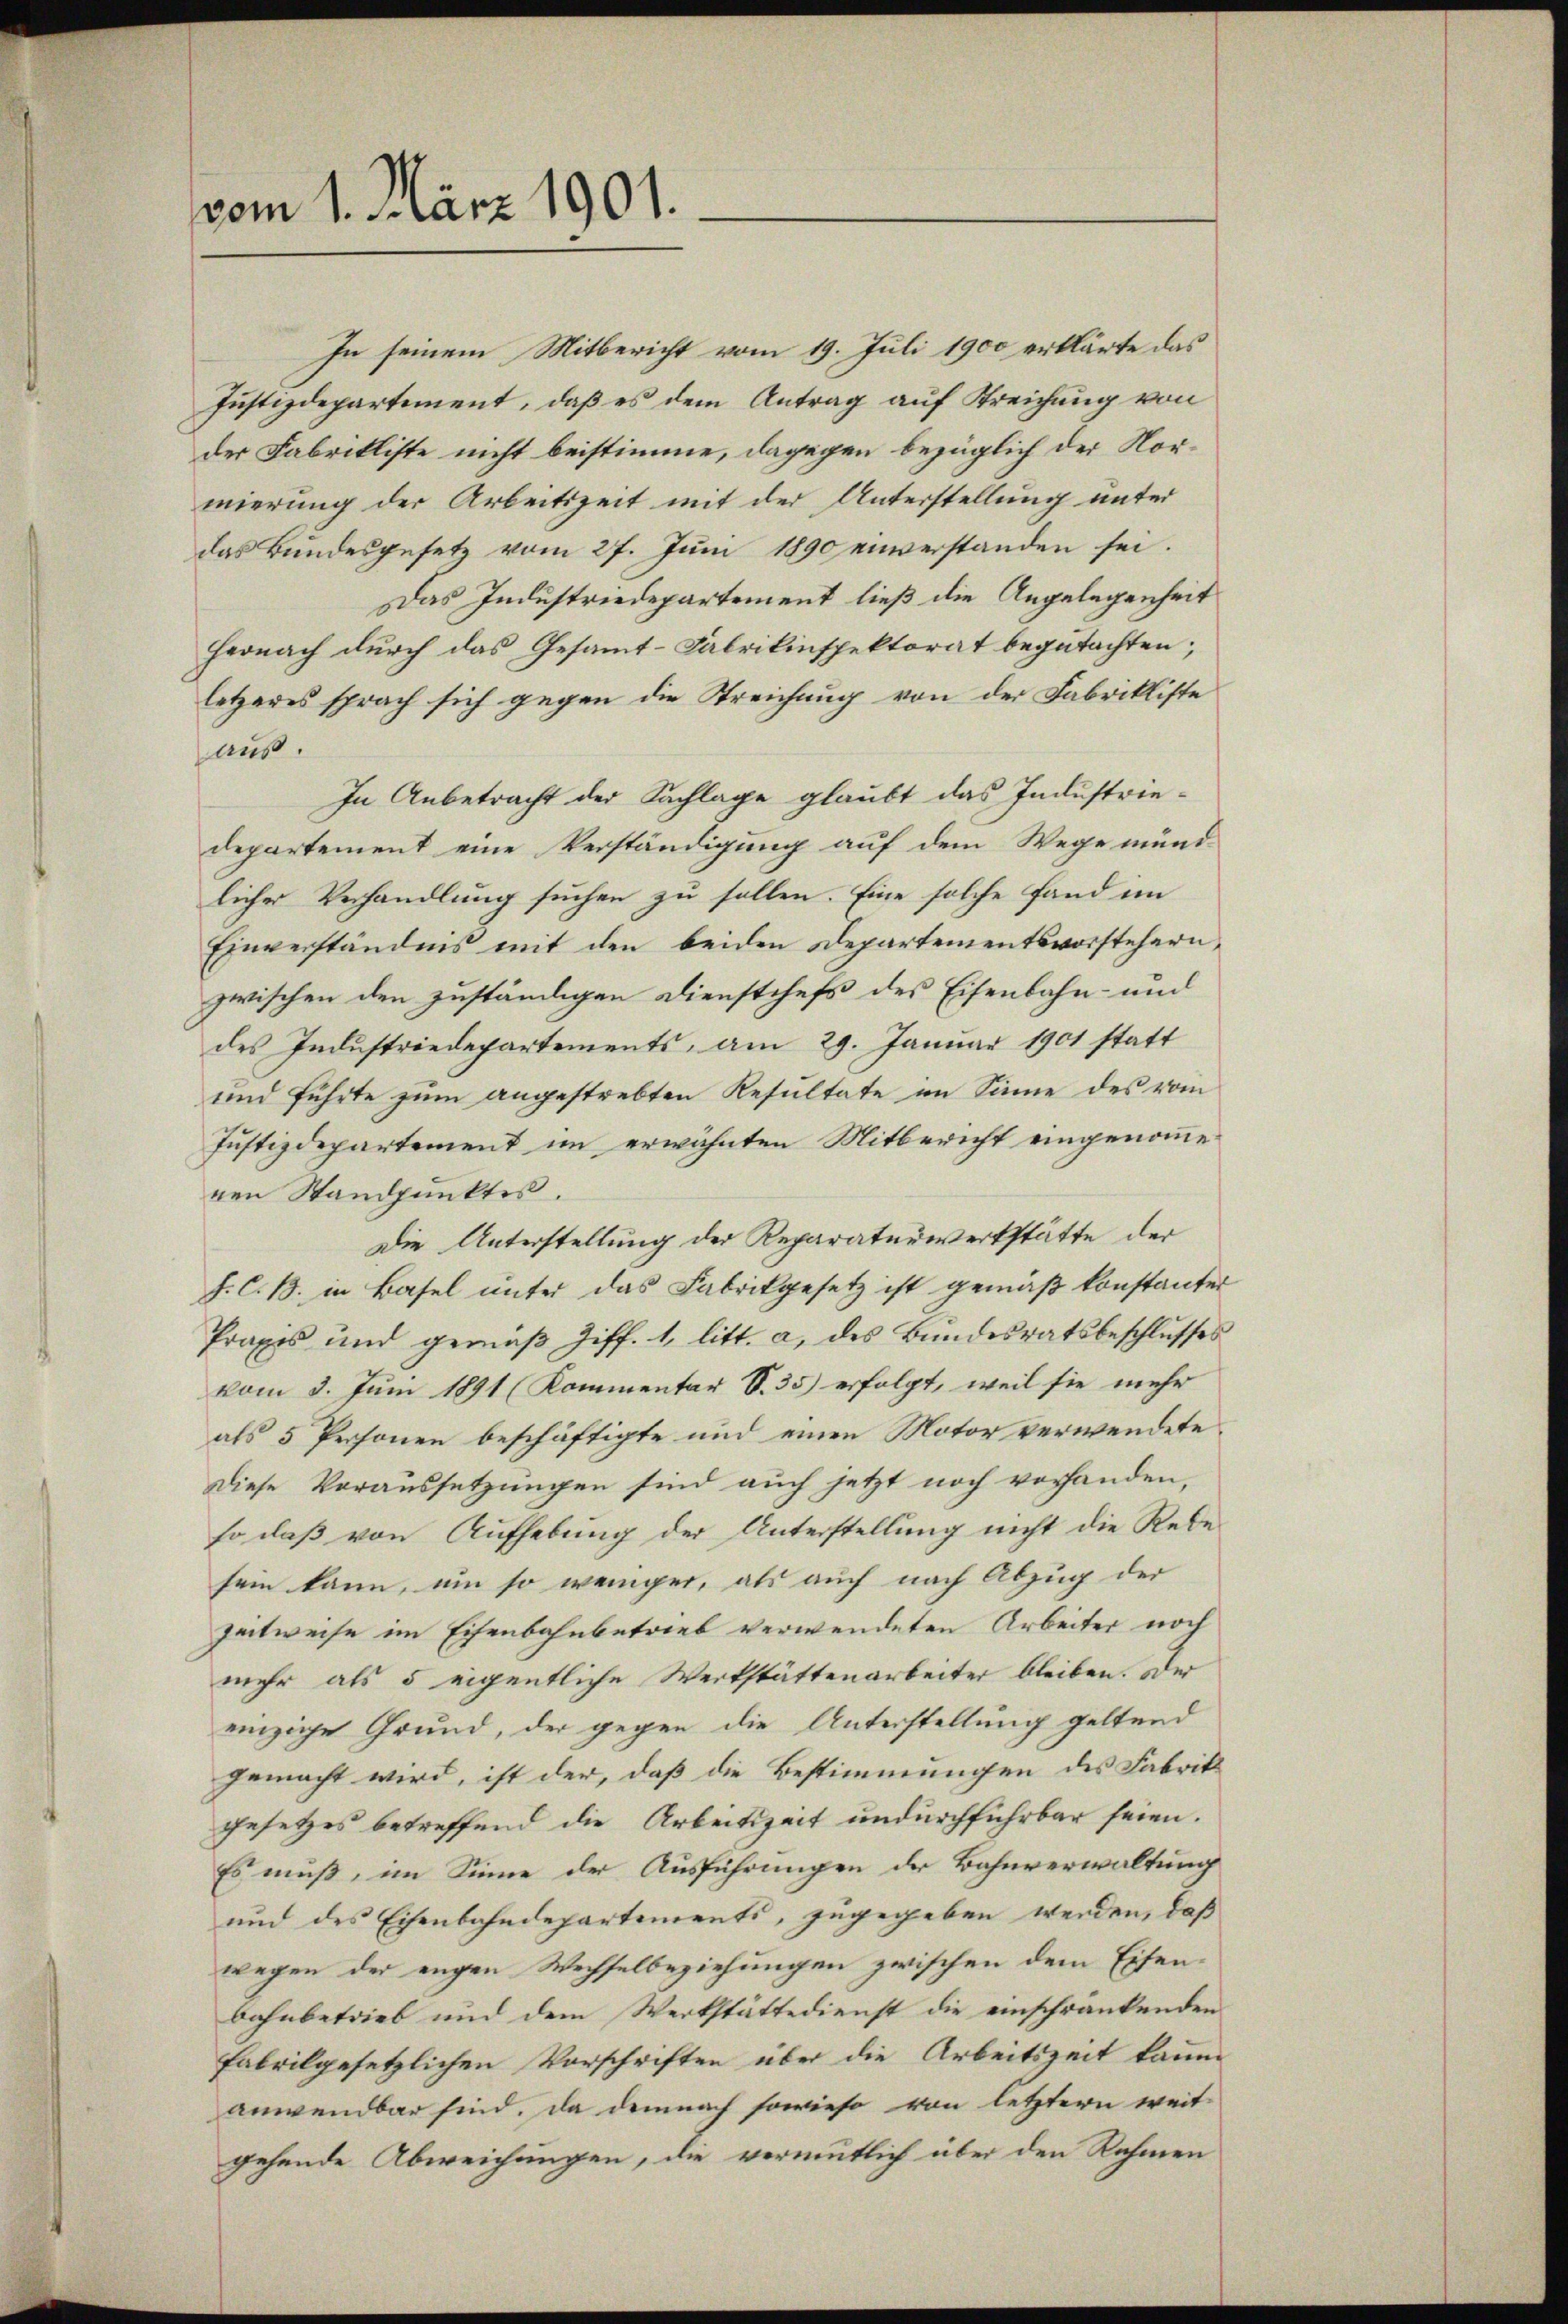
vom 1. März 1901.

In seinem Mitbericht vom 19. Juli 1900 erklärte das
Justizdepartement, daß es dem Antrag auf Streichung von
der Fabrikliste nicht beistimme, dagegen bezüglich der Nornierung der Arbeitszeit mit der Unterstellung unter
das Bundesgesetz vom 27. Juni 1890 einverstanden sei.
Das Industriedepartement ließ die Angelegenheit
Hernach durch das Gesammt-Fabrikinspektorat begutachten;
letzeres sprach sich gegen die Streichung von der Fabrikliste
aus.
In Anbetracht der Sachlage glaubt das Industriedepartement eine Verständigung auf dem Wege münd-
licher Verhandlung suchen zu sollen. Eine solche fand im
Einverständnis mit den beiden Departementsvorstehern,
zwischen den zuständigen Dienstchefs des Eisenbahn- und
des Industriedepartements, am 29. Januar 1901 statt
und führte zum angestrebten Resultate im Sinne des vom
Justizdepartement im erwähnten Mitbericht eingenomme
ren Standpunktes.
Die Unterstellung der Reparaturwerkstätte der
J. C. B. in Basel unter das Fabrikgesetz ist gemäß konstanter
Praxis und gemäβ Ziff. 1, litt. a, des Bundesratsbeschlusses
vom 3. Juni 1891 (Kommentar S. 35 erfolgt, weil sie mehr
als 5 Personen beschäftigte und einen Motor verwendete
Diese Voraussetzungen sind auch jetzt noch vorhanden,
so daß von Aufhebung der Unterstellung nicht die Rede
sein kann, um so weniger, als auch nach Abzug der
Zeitweise im Eisenbahnbetrieb verwendeten Arbeiter noch
mehr als 5 eigentliche Werkstättenarbeiter bleiben. Der
einzige Grund, der gegen die Unterstellung geltend
gemacht wird, ist der, daß die Bestimmungen des Fabrik
gesetzes betreffend die Arbeitszeit undurchführbar seien.
Es muß, im Sinne der Ausführungen der Bahnverwaltung
und des Eisenbahndepartements, zugegeben werden, daß
wegen der engen Wechselbeziehungen zwischen dem Eisenbahnbetrieb und dem Werkstättedienst die einschränkenden
fabrilgesetzlichen Vorschriften über die Arbeitszeit kaum
anwendbar sind, da demnach sowieso von letztern weit
gehende Abweichungen, die vermutlich über den Rahmen